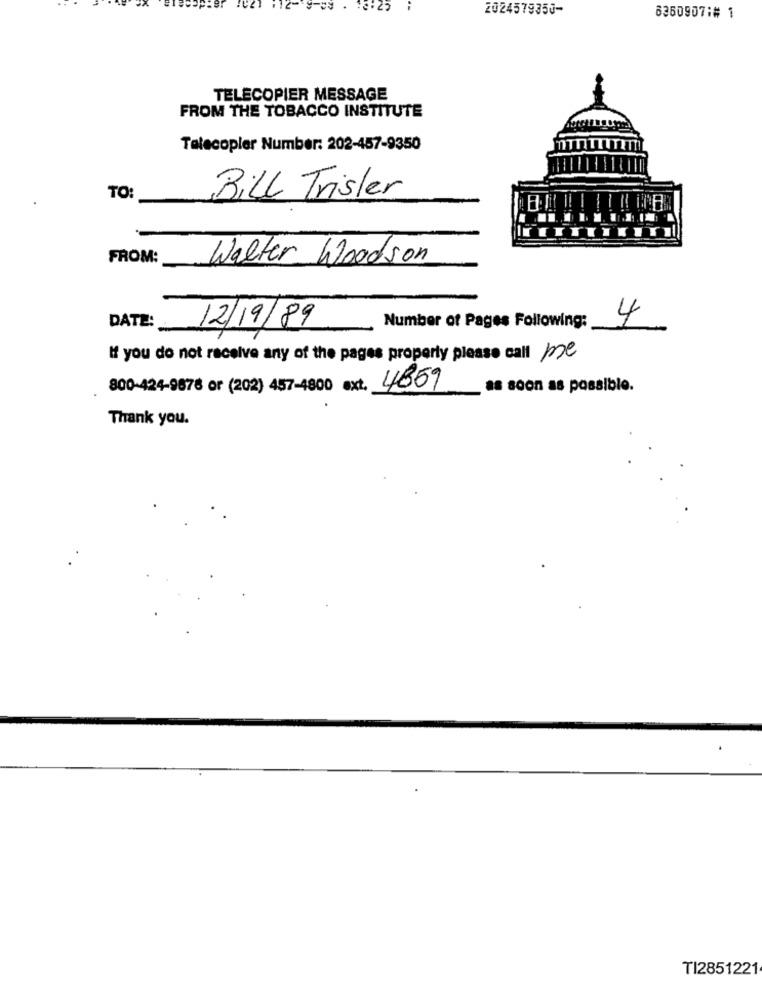
2024579350-
6360907:# 1
TELECOPIER MESSAGE
FROM THE TOBACCO INSTITUTE
Telecopler Number: 202-457-9350
TO
Bill Trisler
FROM:
Walter Woodson
4
DATE:
12/19/89
Number of Pages Following:
If you do not receive any of the pages properly please call me
800-424-9876 or (202) 457-4800 ext. 4859
as soon as possible.
Thank you.
TI2851221